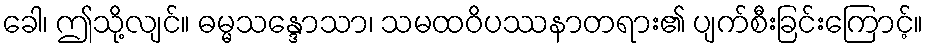
ခေါ၊ ဤသို့လျင်။ ဓမ္မသန္ဒောသာ၊ သမထဝိပဿနာတရား၏ ပျက်စီးခြင်းကြောင့်။